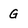
Character: G